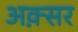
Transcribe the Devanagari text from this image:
अक़्सर